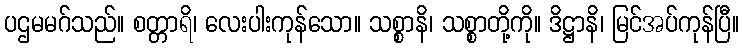
ပဌမမဂ်သည်။ စတ္တာရိ၊ လေးပါးကုန်သော။ သစ္စာနိ၊ သစ္စာတို့ကို။ ဒိဋ္ဌာနိ၊ မြင်အပ်ကုန်ပြီ။